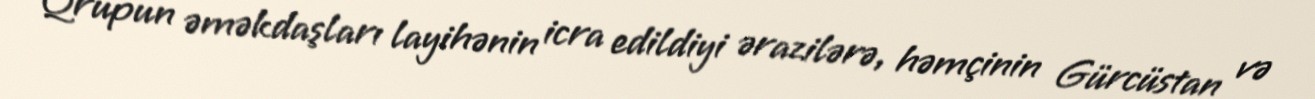
Qrupun əməkdaşları layihənin icra edildiyi ərazilərə, həmçinin Gürcüstan və